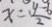
x = \frac { y - 6 } { 2 }